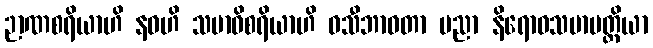
ဉာဏစရိယာဟိ နဝဟိ သမာဓိစရိယာဟိ ဝသီဘာဝတာ ပညာ နိရောဓသမာပတ္တိယာ